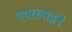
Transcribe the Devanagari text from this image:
एयरलाइने